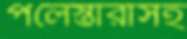
পলেস্তারাসহ